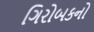
ગિરોબકનો